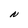
Character: N